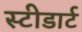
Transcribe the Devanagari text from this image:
स्टीडार्ट